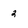
Character: 2